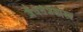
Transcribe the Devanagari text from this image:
जैवतंत्रशास्त्र